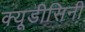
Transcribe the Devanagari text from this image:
क्यूडीसिनी